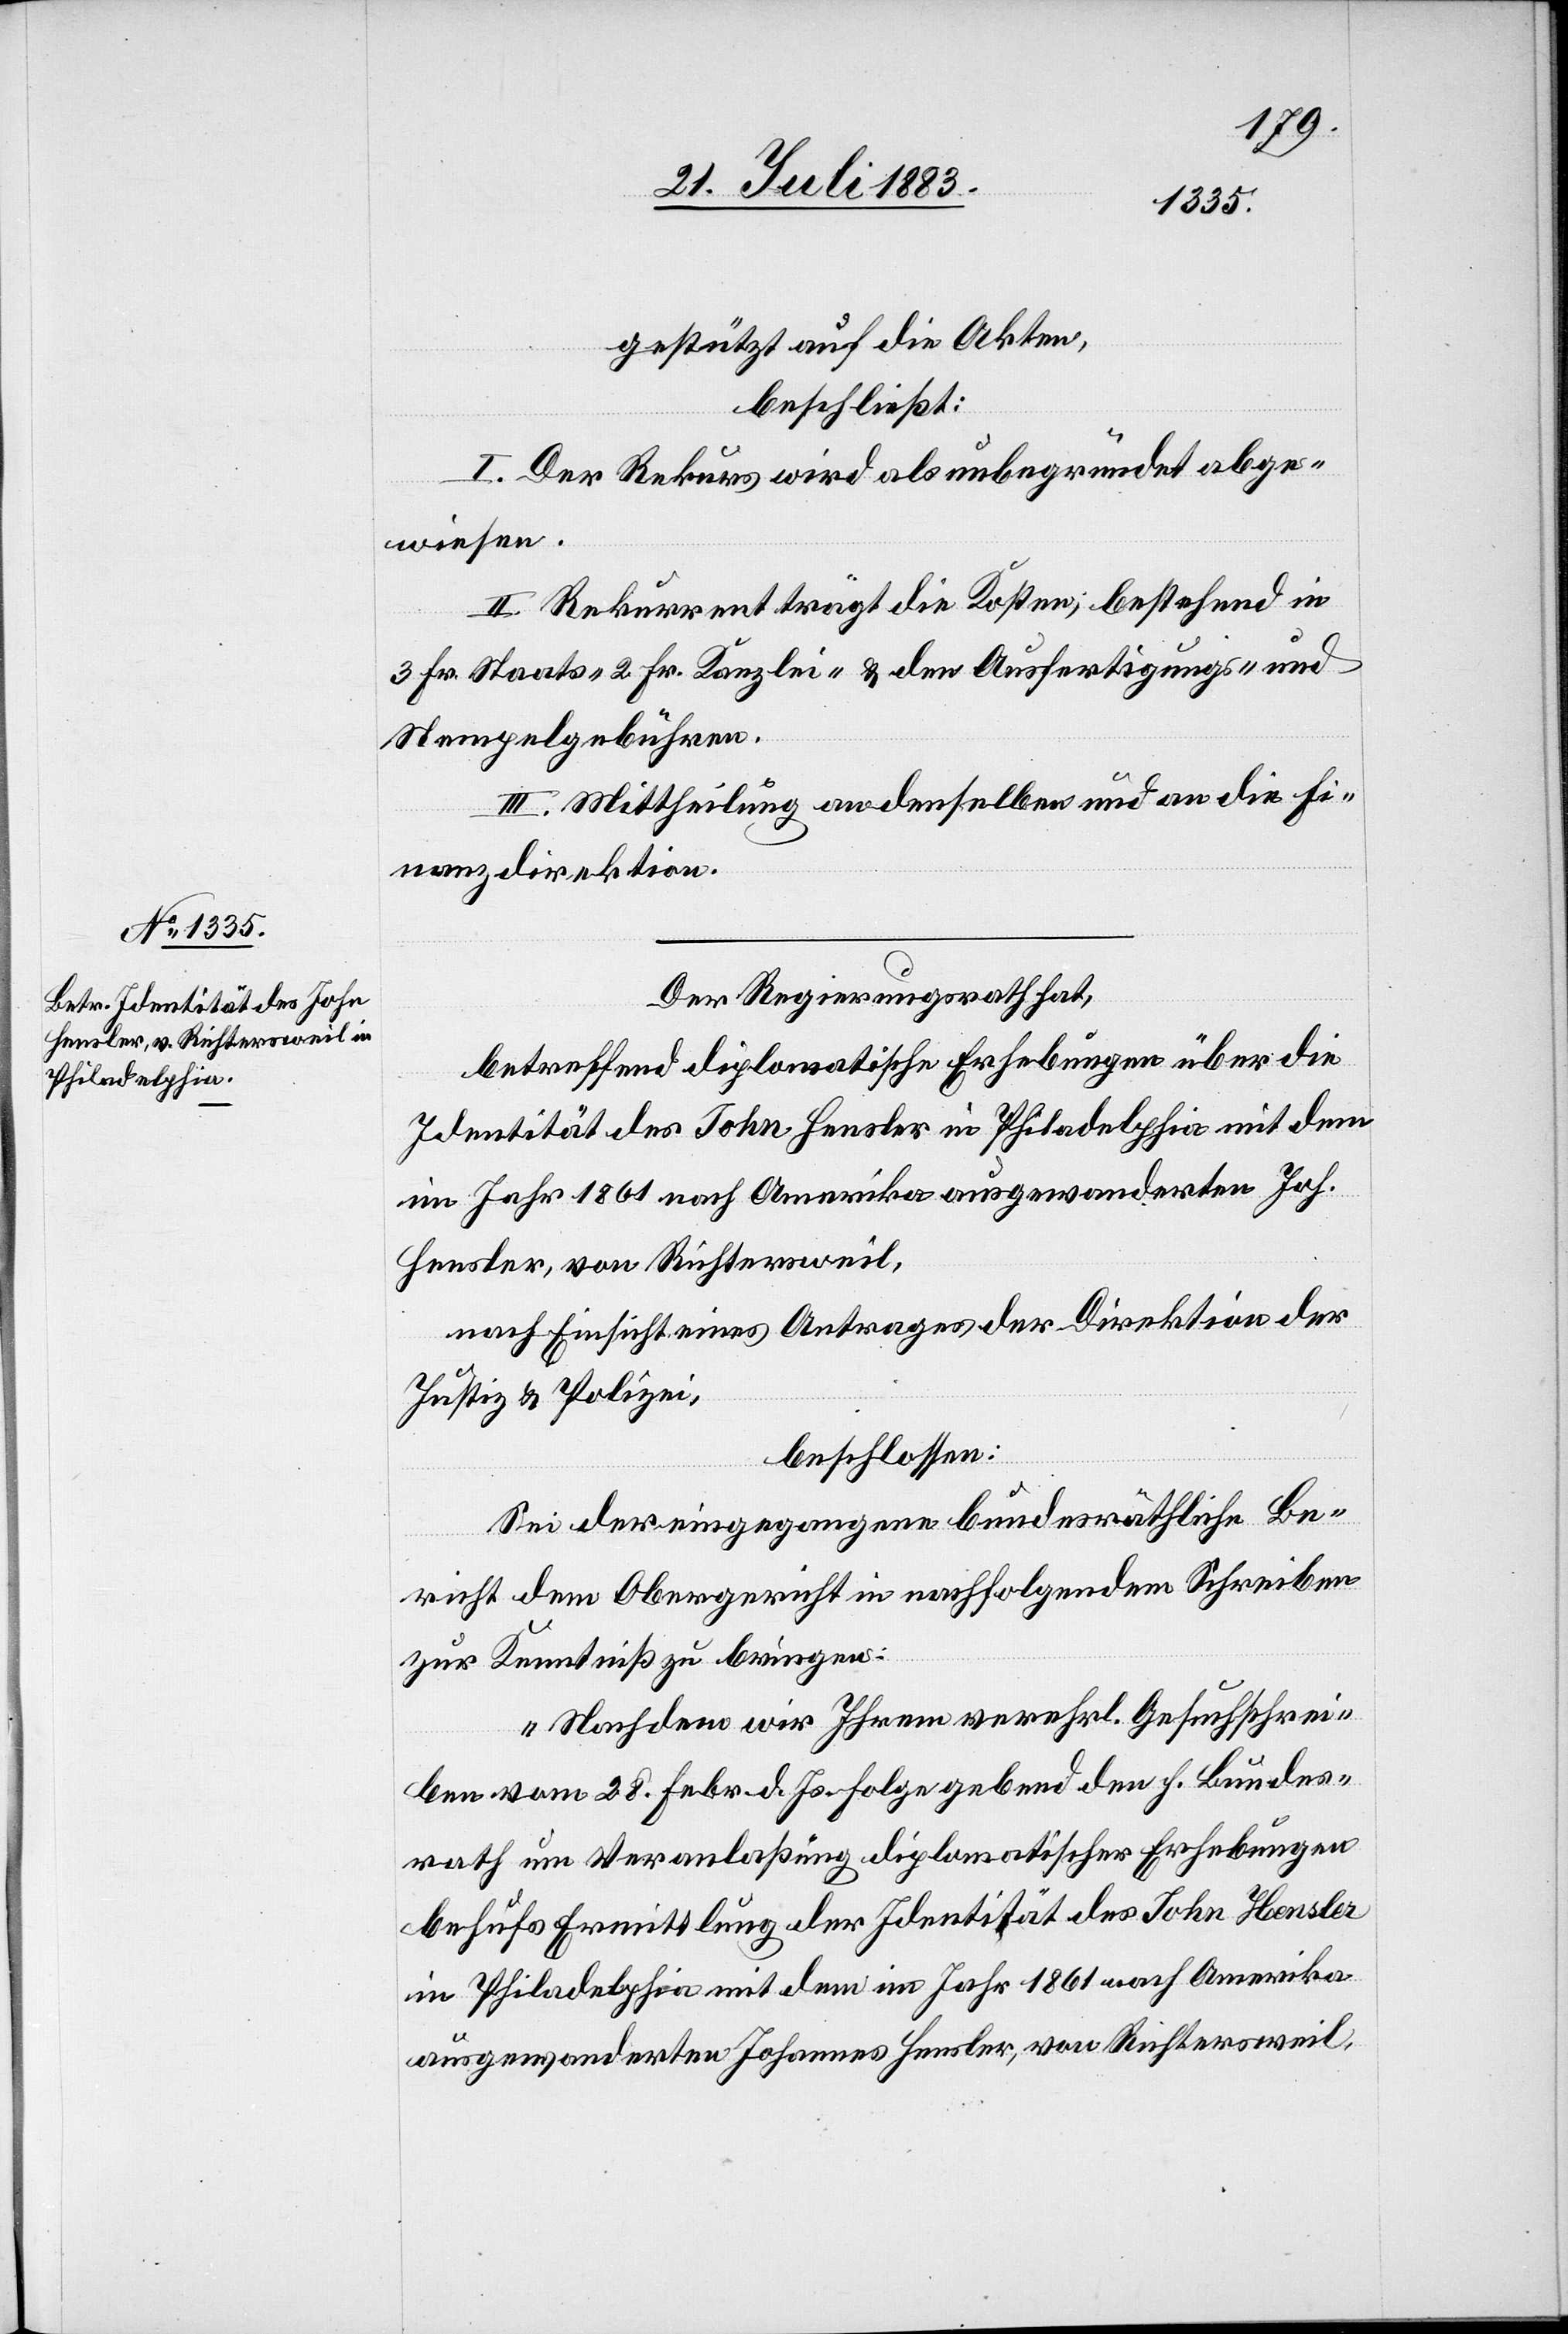
gestützt auf die Akten,
beschließt:
I. Der Rekurs wird als unbegründet abge¬
wiesen.
II. Rekurrent trägt die Kosten, bestehend in
3 Fr. Staats-[,] 2 Fr. Kanzlei- & den Ausfertigungs- und
Stempelgebühren.
III. Mittheilung an denselben und an die Fi¬
nanzdirektion.
Der Regierungsrath hat,
betreffend diplomatische Erhebung über die
Identität des John Hensler in Philadelphia mit dem
im Jahre 1861 nach Amerika ausgewanderten Joh.
Hensler, von Richtersweil,
nach Einsicht eines Antrages der Direktion der
Justiz & Polizei,
beschlossen:
Sei der eingegangene bundesräthliche Be¬
richt dem Obergericht in nachfolgendem Schreiben
zur Kenntniß zu bringen:
„Nachdem wir Ihrem verehrl. Gesuchschrei¬
ben vom 28. Febr. d. Js. Folge gebend den h. Bundes¬
rath um Veranlaßung diplomatischer Erhebungen
behufs Ermittlung der Identität des John Hensler
in Philadelphia mit dem im Jahr 1861 nach Amerika
ausgewanderten Johannes Hensler, von Richtersweil,